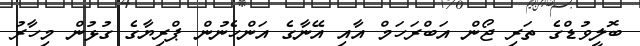
ބޮލީވުޑްގެ ތަރި ޖޯން އަބްރަހަމް އާއި އޭނާގެ އަންހެނުން ޕްރިޔާގެ ގުޅުން މިހާރު